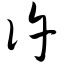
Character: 仵